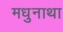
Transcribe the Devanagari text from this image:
मधुनाथा